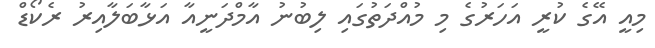
މިއީ އޭގެ ކުރީ އަހަރުގެ މި މުއްދަތުގައި ލިބުނު އާމްދަނީއާ އަޅާބަލާއިރު ރެކޯޑް